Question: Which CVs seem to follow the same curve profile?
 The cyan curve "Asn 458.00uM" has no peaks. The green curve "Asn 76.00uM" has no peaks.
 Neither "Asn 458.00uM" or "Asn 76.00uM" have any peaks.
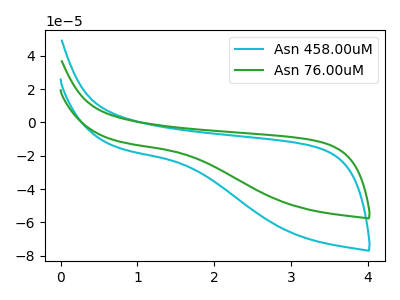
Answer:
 <answer>"Asn 458.00uM" and "Asn 76.00uM" have the same shape and are likely CV's of the same chemical.</answer>
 <eval>"Asn 458.00uM" "Asn 76.00uM"</eval>